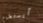
أيستطيع